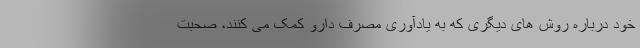
خود درباره روش های دیگری که به یادآوری مصرف دارو کمک می کنند، صحبت